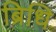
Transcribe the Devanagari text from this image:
ब्रिधि